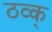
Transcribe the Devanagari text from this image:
ठव्क्